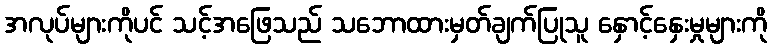
အလုပ်များကိုပင် သင့်အဖြေသည် သဘောထားမှတ်ချက်ပြုသူ နှောင့်နှေးမှုများကို